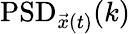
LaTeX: \mathrm{PSD}_{\vec{x}(t)}(k)